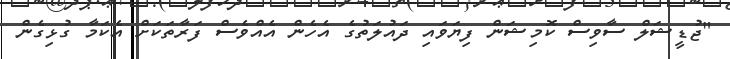
"ޖުޑީޝަލް ސާވިސް ކޮމިޝަން ފިޔަވައި ދައުލަތުގެ އެހެން އެއްވެސް ފަރާތަކަށް އެކަމާ ގުޅިގެން